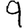
Digit: 9